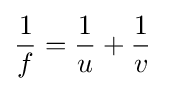
{\frac {1}{f}}={\frac {1}{u}}+{\frac {1}{v}}\